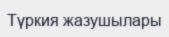
Түркия жазушылары